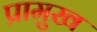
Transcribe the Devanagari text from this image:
प्रामुख